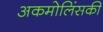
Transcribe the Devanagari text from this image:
अकमोलिंसकी